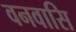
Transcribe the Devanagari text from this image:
वनवासि